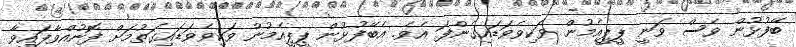
ބޭފުޅުން ވެސް ވަނީ ޕީޕީއެމުން ވަކިވެވަޑައިގެންފަ އެވެ. އެބޭފުޅުން ޕީޕީއެމުން ވަކިވެވަޑައިގަތުމަށް ފޮނުއްވާފައިވާ